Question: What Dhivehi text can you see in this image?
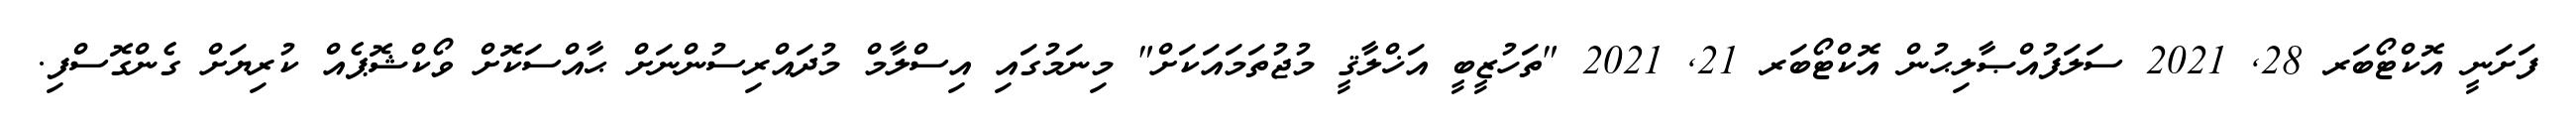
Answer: ފަށަނީ އޮކްޓޯބަރ 28, 2021 ސަލަފުއްޞާލިޙުން އޮކްޓޯބަރ 21, 2021 "ތަހުޒީބީ އަޚްލާޤީ މުޖުތަމައަކަށް" މިނަމުގައި އިސްލާމް މުދައްރިސުންނަށް ޙާއްސަކޮށް ވޯކްޝޮޕެއް ކުރިޔަށް ގެންގޮސްފި.